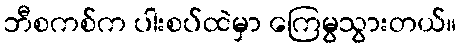
ဘီစကစ်က ပါးစပ်ထဲမှာ ကြေမွသွားတယ်။